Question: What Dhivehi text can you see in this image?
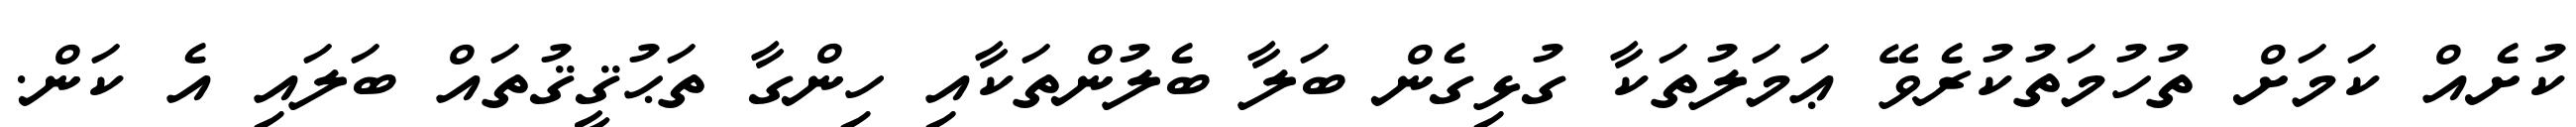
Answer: ކުށެއް ކަމަށް ތުހުމަތުކުރެވޭ ޢަމަލުތަކާ ގުޅިގެން ބަލާ ބެލުންތަކާއި ހިންގާ ތަޙުޤީޤުތައް ބަލައި އެ ކަން.